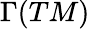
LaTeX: \Gamma(TM)